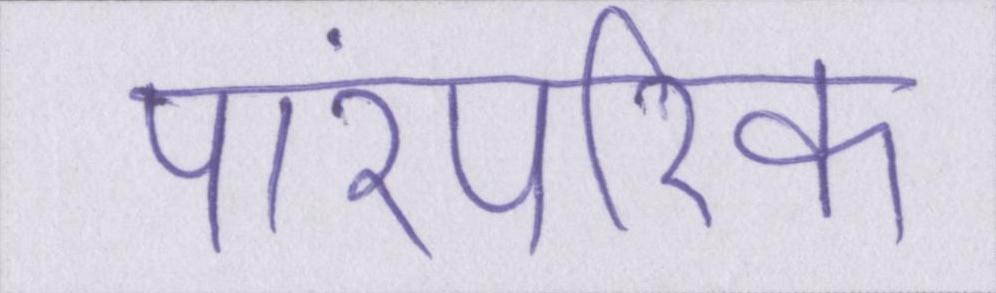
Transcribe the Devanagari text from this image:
पारंपरिक